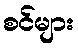
စင်များ